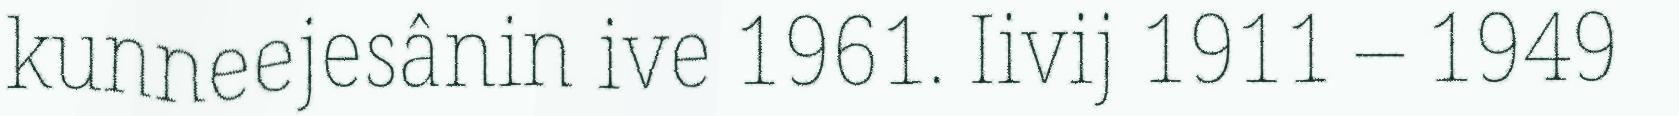
kunneejesânin ive 1961. Iivij 1911 – 1949